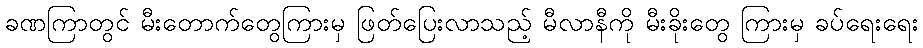
ခဏကြာတွင် မီးတောက်တွေကြားမှ ဖြတ်ပြေးလာသည့် မီလာနီကို မီးခိုးတွေ ကြားမှ ခပ်ရေးရေး